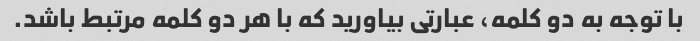
با توجه به دو کلمه، عبارتی بیاورید که با هر دو کلمه مرتبط باشد.